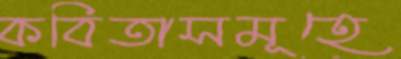
কবিতাসমূহে